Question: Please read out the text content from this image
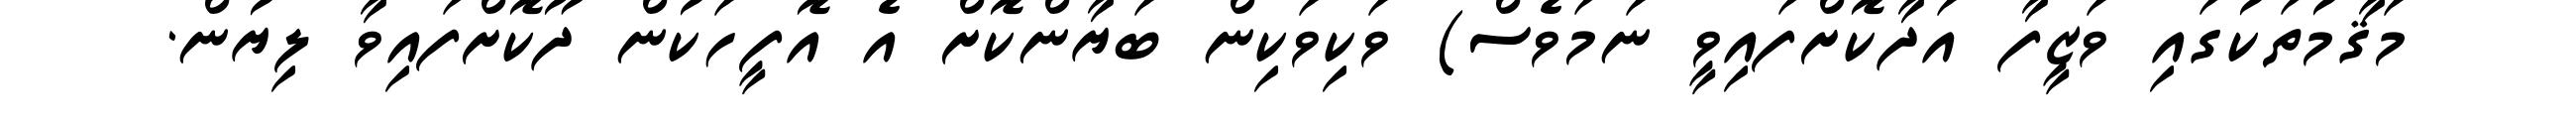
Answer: މަޤާމުތަކުގައި ވަޒީފާ އަދާކޮށްފައިވީ ނަމަވެސް) ވަކިވަކިން ބަޔާންކޮށް އެ އޮފީހަކުން ދޫކޮށްފައިވާ ލިޔުން.